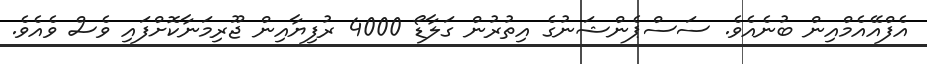
އެފްއޭއެމްއިން ބުނެއެވެ. ސަސްޕެންޝަނުގެ އިތުރުން ގަލާޑޯ 4000 ރުފިޔާއިން ޖޫރިމަނާކޮށްފައި ވެސް ވެއެވެ.